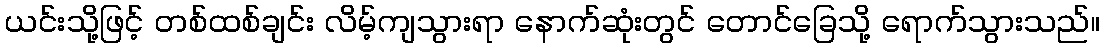
ယင်းသို့ဖြင့် တစ်ထစ်ချင်း လိမ့်ကျသွားရာ နောက်ဆုံးတွင် တောင်ခြေသို့ ရောက်သွားသည်။